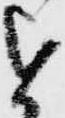
を